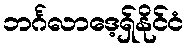
ဘင်္ဂလာဒေ့ရှ်နိုင်ငံ